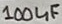
Text: 100uF